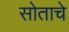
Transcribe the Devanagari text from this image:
सोताचे